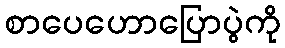
စာပေဟောပြောပွဲကို